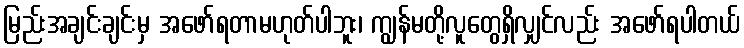
မြည်းအချင်းချင်းမှ အဖော်ရတာမဟုတ်ပါဘူး၊ ကျွန်မတို့လူတွေရှိလျှင်လည်း အဖော်ရပါတယ်